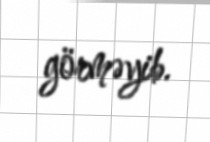
görməyib.